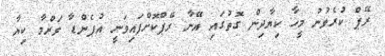
ރޭޕް ކުރެވުނު މީހާ ކިޔާދިން ގޮތުގައި އޭނާ ރޭޕްކޮށްފައިވަނީ އުޕެންޑާ ވަރްމާ ކިޔާ